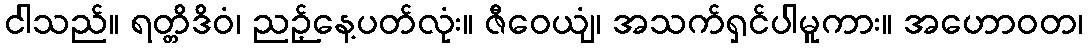
ငါသည်။ ရတ္တိဒိဝံ၊ ညဉ့်နေ့ပတ်လုံး။ ဇီဝေယျံ၊ အသက်ရှင်ပါမူကား။ အဟောဝတ၊